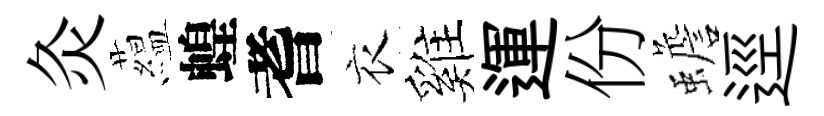
灸藴蝗耆衣雞運份蟾逕